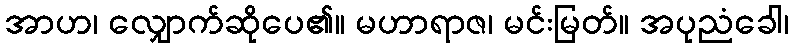
အာဟ၊ လျှောက်ဆိုပေ၏။ မဟာရာဇ၊ မင်းမြတ်။ အပုညံခေါ၊